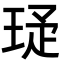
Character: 𬍩